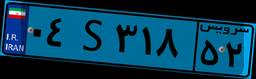
۰۴S۳۱۸۵۲